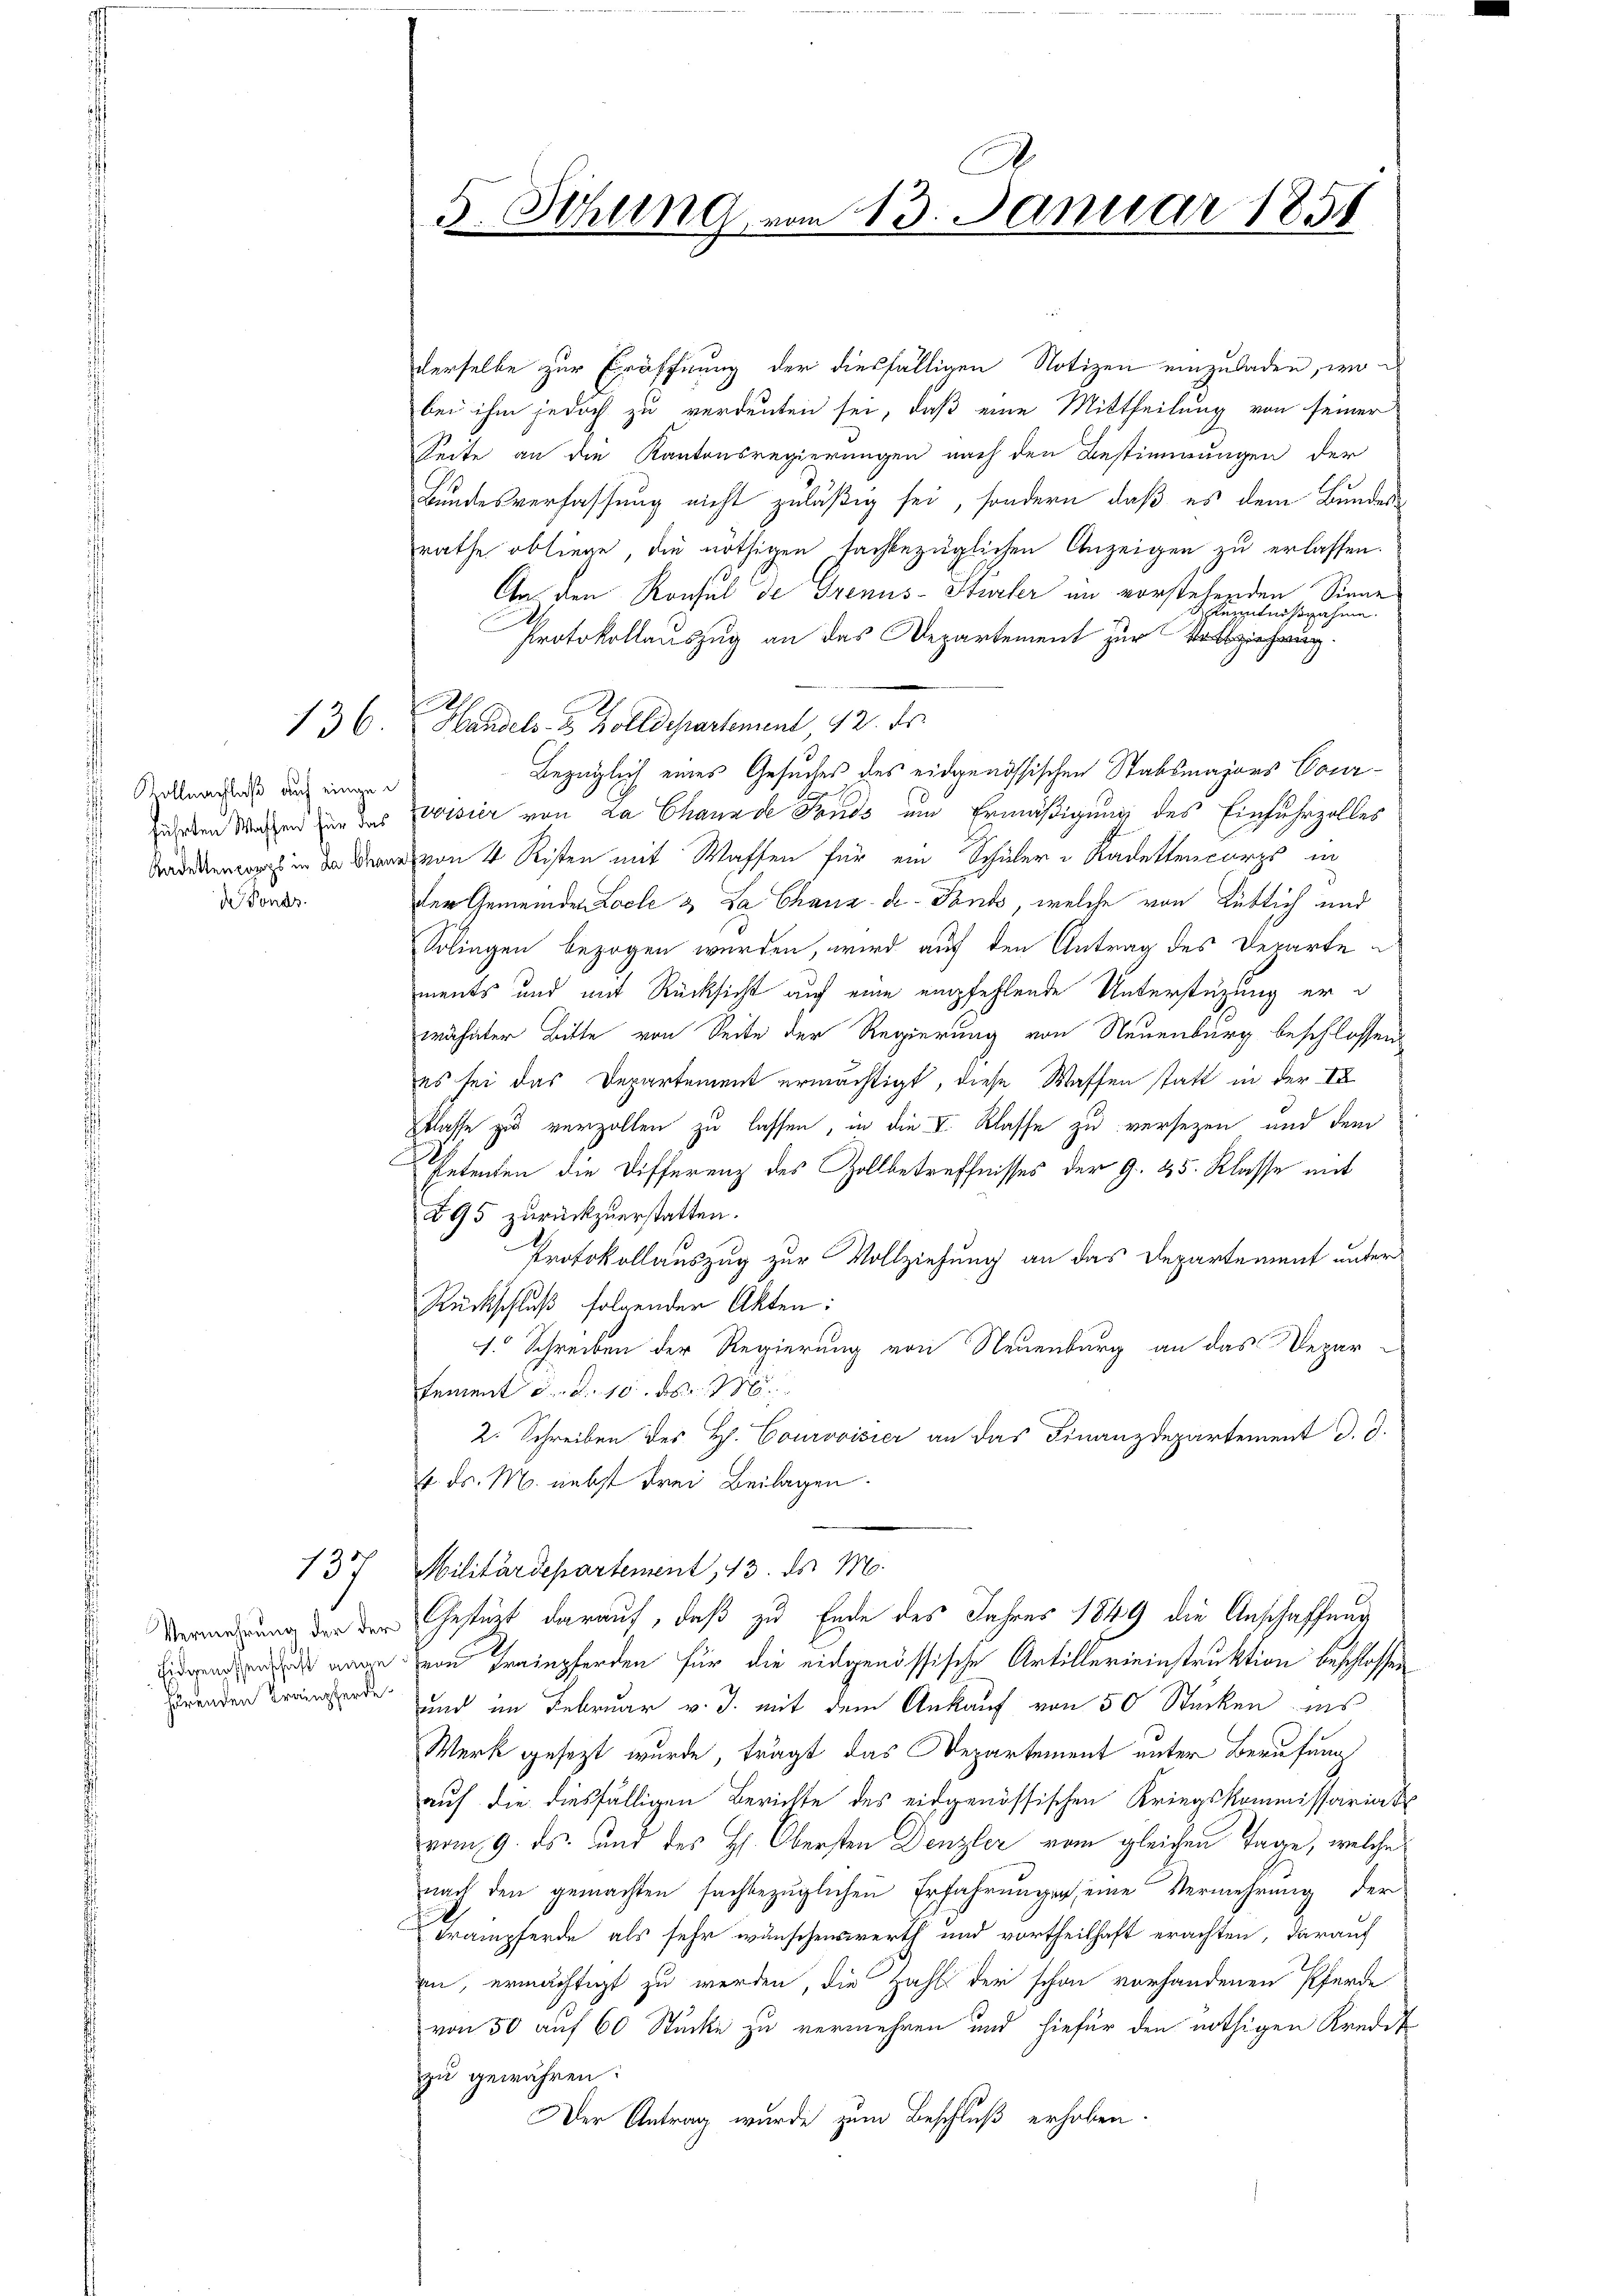
Kollmachlaß auf eingede Fonds.

137

hörenden Trampferde.

derselbe zur Eröffnung der diesfälligen Notizen einzuladen, wobei ihm jedoch zu verdeuten sei, daß eine Mittheilung von seiner
Seite an die Kantonsregierungen nach den Bestimmungen der
Bundesverfassung nicht zuläßig sei, sondern daß es dem Bundesrathe obliege, die nöthigen fachbezüglichen Anzeigen zu erlassen.
An den Konsul de Grenus-Stürler in vorstehenden Sinne
Kenntnißnahme.
Protokollauszug an das Departement zur Erziehung.
136. Handels- u. Zolldepartement, 12. ds.
Bezüglich eines Gesuches des eidgenössischen Stabsmajors Courührten Sachen zur das wisser von La Chaux de Fonds um Ermäßigung des Einfuhrzolles
Badenen in der von 4 Risten mit Waffen für ein Schüler u Kadettencorps in
der Gemeinden Locle & La Chaux-de-Fondo, welche von Rütlich und
Solingen bezogen werden, wird auf den Antrag des Departe
ments und mit Rücksicht auf eine empfehlende Unterstüzung erwähnter Bitte von Seite der Regierung von Neuenburg beschlossen
es sei das Departement ermächtigt, diese Waffen statt in der IX
Pflasse zu verzollen zu lassen, in die V. Klasse zu versetzen und dem
Petenten die Differenz des Zollbetreffnisses der G. 25. Klasse mit
895 zurückzuerstatten.
Protokollauszug zur Vollziehung an das Departement unter¬
Rückschluß folgender Akten:
1. Schreiben der Regierung von Neuenburg an das Depar-
tement d. d. 10. ds. M.
2. Schreiben des H. Courovisier an das Finanzdepartement d. d.
k. ds. M. nebst drei Beilagen.
Militärdepartement, 13. ds. M.
mung der den Gestützt darauf, daß zu Ende des Jahres 1849 die Anschaffung
ederenden ange von Trainpferden für die eidgenössische Artillerieinstruktion beschlossen
und im Februar v. J. mit dem Ankauf von 50 Stücken ins
Werk gesezt wurde, trägt das Departement unter Berufung
auf die diesfälligen Berichte des eidgenössischen Kriegskommissariat
vom 9. ds. und des Hs. Obersten Denzler vom gleichen Tage, welche
nach den gemachten sachbezüglichen Erfahrungen, eine Vermehrung der
Trampferde als sehr wünschenswerth und vortheilhaft erachten, darauf
an, ermächtigt zu werden, die Zahl der schon vorhandenen Pferde
von 50 auf 60 Stücke zu vermehren und hiefür den nöthigen Kredit
zu gewähren.
Der Antrag wurde zum Beschluß erhoben.

1.
5. Sitzung vom 13. Januar 185